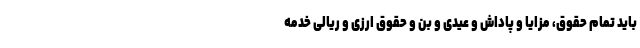
باید تمام حقوق، مزایا و پاداش و عیدی و بن و حقوق ارزی و ریالی خدمه